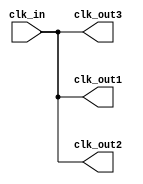
module clock_buffer (
    input wire clk_in,          // Single-ended clock input
    output wire clk_out1,      // First output clock
    output wire clk_out2,      // Second output clock (can be extended for more outputs)
    output wire clk_out3       // Third output clock (can be extended for more outputs)
);

    // Internal signal for buffering
    wire clk_buf;

    // Buffering the input clock signal
    // Using a simple inverter as an example of a buffer
    // In practice, this could be replaced with a more complex buffer design
    assign clk_buf = clk_in; // Direct connection for simplicity

    // Distributing the buffered clock signal to multiple outputs
    assign clk_out1 = clk_buf;
    assign clk_out2 = clk_buf;
    assign clk_out3 = clk_buf;

endmodule